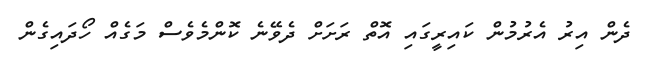
ދެން އިރު އެރުމުން ކައިރީގައި އޮތް ރަށަށް ދެވޭނެ ކޮންމެވެސް މަގެއް ހޯދައިގެން